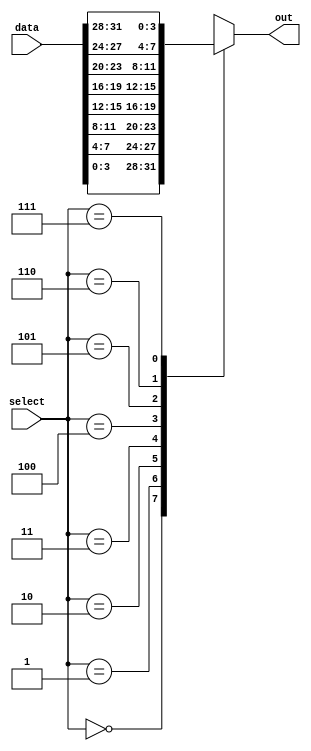
`timescale 1ns / 100ps

/****************************************************************************
 * 
 * Designer:   Matthew Buchholz 
 * Rev. No.:   Version 1.0
 * Rev. Date:  3/11/19
 *
 * Purpose:    8-1 Multiplexer that takes as input the address and data stored
 *			   in that address
 *			   Uses 3 bit select signal from state machine to select the output
 *			   nibble to be displayed
 *			   on an 7-segment display
 *
 ****************************************************************************/

module ad_mux(
    input      [31:0] data,
    input      [2:0]  select,
    output reg [3:0]  out
    );
    
    always @(*)
        case(select)
            3'b000 : out = data[3:0];
            3'b001 : out = data[7:4];
            3'b010 : out = data[11:8];
            3'b011 : out = data[15:12];
            
            3'b100 : out = data[19:16];
            3'b101 : out = data[23:20];
            3'b110 : out = data[27:24];
            3'b111 : out = data[31:28];
            
            default: out = 4'b0000;
        endcase    
endmodule